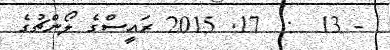
- 13  :  17